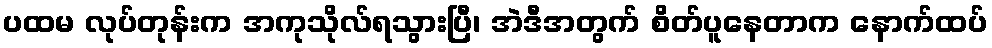
ပထမ လုပ်တုန်းက အကုသိုလ်ရသွားပြီ၊ အဲဒီအတွက် စိတ်ပူနေတာက နောက်ထပ်